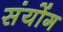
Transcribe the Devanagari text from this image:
संयोंग